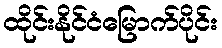
ထိုင်းနိုင်ငံမြောက်ပိုင်း